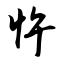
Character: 忤